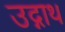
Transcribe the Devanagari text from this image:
उद्गाथ